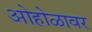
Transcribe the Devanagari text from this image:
ओहोळावर